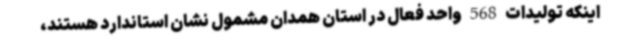
اینکه تولیدات 568 واحد فعال در استان همدان مشمول نشان استاندارد هستند،